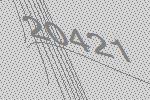
20421